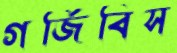
গর্জিবিস